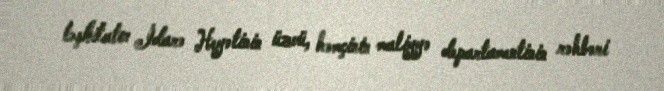
təşkilatın İdarə Heyətinin üzvü, həmçinin maliyyə departamentinin rəhbəri